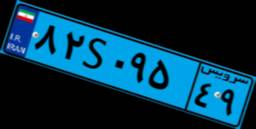
۲۸S۸۰۶۷۶